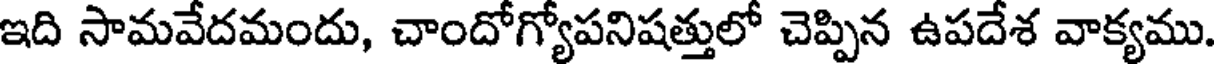
ఇది సామవేదమందు, చాందోగ్యోపనిషత్తులో చెప్పిన ఉపదేశ వాక్యము.